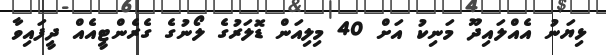
ޅިޔަނު އެއްލައިދޫ މަނިކު އަށް 40 މިލިއަން ޑޮލަރުގެ ލޯނުގެ ގެރެންޓީއެއް ދީފައިވާ